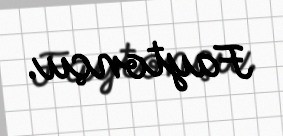
Faytonçu.